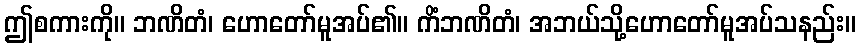
ဤစကားကို။ ဘဏိတံ၊ ဟောတော်မူအပ်၏။ ကိံဘဏိတံ၊ အဘယ်သို့ဟောတော်မူအပ်သနည်း။